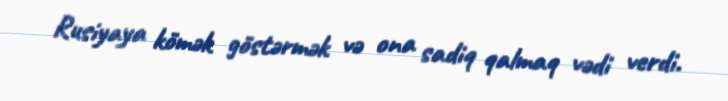
Rusiyaya kömək göstərmək və ona sadiq qalmaq vədi verdi.